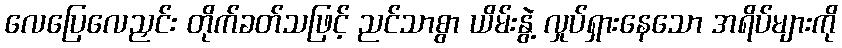
လေပြေလေညှင်း တိုက်ခတ်သဖြင့် ညင်သာစွာ ယိမ်းနွဲ့ လှုပ်ရှားနေသော အရိပ်များကို